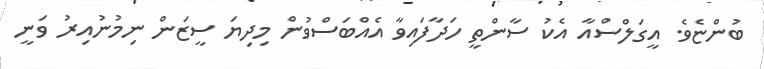
ބުންޏެވެ. އީގަލްސްއާ އެކު ސާންތީ ހަދާފައިވާ އެއްބަސްވުން މިދިޔަ ސީޒަން ނިމުނުއިރު ވަނީ